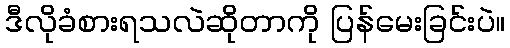
ဒီလိုခံစားရသလဲဆိုတာကို ပြန်မေးခြင်းပဲ။